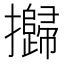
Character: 𢹾